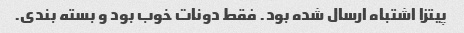
پیتزا اشتباه ارسال شده بود. فقط دونات خوب بود و بسته بندی.